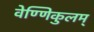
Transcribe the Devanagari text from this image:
वेण्णिकुलम्